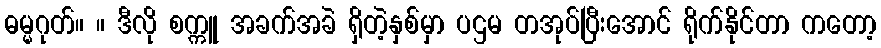
ဓမ္မဂုတ်။ ။ ဒီလို စက္ကူ အခက်အခဲ ရှိတဲ့နှစ်မှာ ပဌမ တအုပ်ပြီးအောင် ရိုက်နိုင်တာ ကတော့